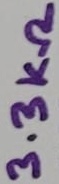
Text: 3.3KΩ